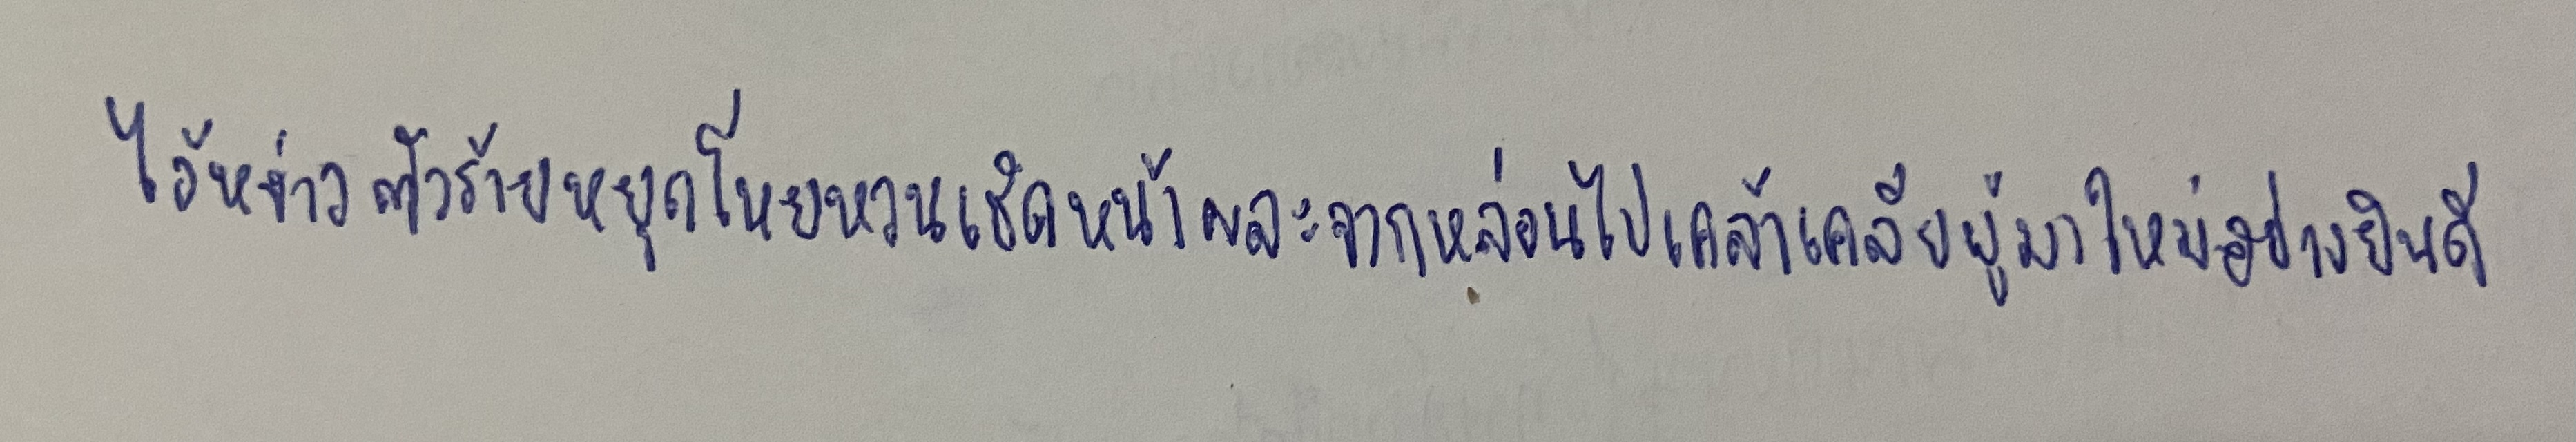
ไอ้หง่าวตัวร้ายหยุดโหยหวนเชิดหน้าผละจากหล่อนไปเคล้าเคลียผู้มาใหม่อย่างยินดี